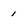
Character: 1